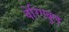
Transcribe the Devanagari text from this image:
वेरिएबुल